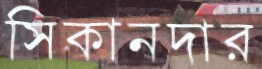
সিকানদার